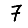
Digit: 7